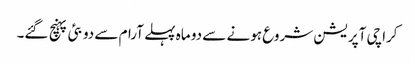
کراچی آپریشن شروع ہونے سے دو ماہ پہلے آرام سے دوبئی پہنچ گئے۔